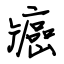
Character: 癌